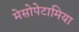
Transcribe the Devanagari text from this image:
मेसोपेटामिया